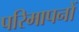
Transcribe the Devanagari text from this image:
परिमापनों